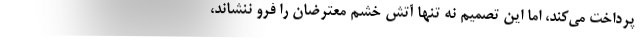
پرداخت می‌کند، اما این تصمیم نه تنها آتش خشم معترضان را فرو ننشاند،